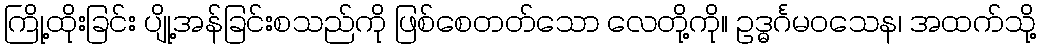
ကြို့ထိုးခြင်း ပျို့အန်ခြင်းစသည်ကို ဖြစ်စေတတ်သော လေတို့ကို။ ဥဒ္ဓင်္ဂမဝသေန၊ အထက်သို့